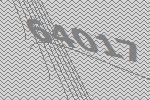
64017